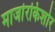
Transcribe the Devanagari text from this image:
मार्जारकिशोर